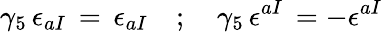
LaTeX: \gamma_{5}\, \epsilon_{aI}\, =\, \epsilon_{aI}\quad;\quad\gamma_{5}\, \epsilon^{aI}\, =-\epsilon^{aI}